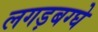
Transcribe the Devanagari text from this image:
लगड़बग्घे